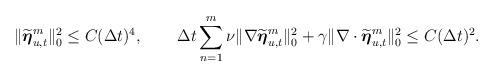
LaTeX: \begin{align*} \|\widetilde{\boldsymbol{\eta}}_{u,t}^m\|_0^2&\leq C (\Delta t)^4, & \Delta t\sum_{n=1}^m \nu \|\nabla\widetilde{\boldsymbol{\eta}}_{u,t}^m\|_0^2 +\gamma \|\nabla\cdot\widetilde{\boldsymbol{\eta}}_{u,t}^m\|_0^2&\leq C(\Delta t)^2. \end{align*}